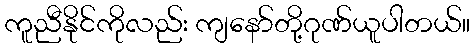
ကူညီနိုင်ကိုလည်း ကျနော်တို့ဂုဏ်ယူပါတယ်။